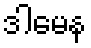
ဒါမေန